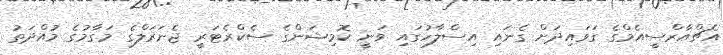
އެޗްއާރްސީއެމްގެ ގަވައިދަށް ގެނައި އިސްލާހުގައި ވަނީ ކޮމިޝަންގެ ސެކްރެޓަރީ ޖެނަރަލްގެ މަގާމުގެ މުއްދަތު